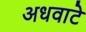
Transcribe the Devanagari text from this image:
अधवाटे